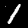
Label: 1